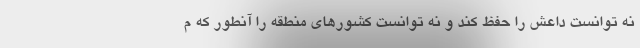
نه توانست داعش را حفظ کند و نه توانست کشورهای منطقه را آنطور که م